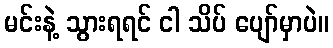
မင်းနဲ့ သွားရရင် ငါ သိပ် ပျော်မှာပဲ။